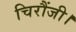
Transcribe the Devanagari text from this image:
चिरौंजी।